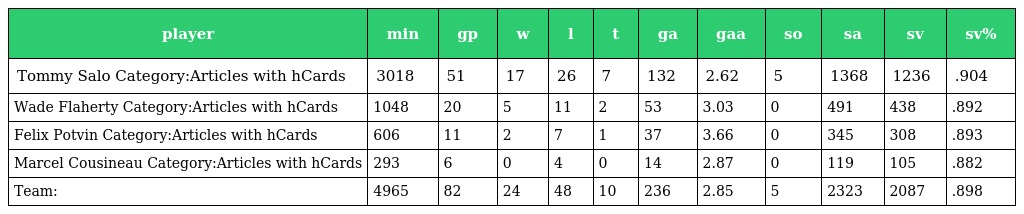
| player | min | gp | w | l | t | ga | gaa | so | sa | sv | sv% |
 | --- | --- | --- | --- | --- | --- | --- | --- | --- | --- | --- | --- |
 | Tommy Salo Category:Articles with hCards | 3018 | 51 | 17 | 26 | 7 | 132 | 2.62 | 5 | 1368 | 1236 | .904 |
 | Wade Flaherty Category:Articles with hCards | 1048 | 20 | 5 | 11 | 2 | 53 | 3.03 | 0 | 491 | 438 | .892 |
 | Felix Potvin Category:Articles with hCards | 606 | 11 | 2 | 7 | 1 | 37 | 3.66 | 0 | 345 | 308 | .893 |
 | Marcel Cousineau Category:Articles with hCards | 293 | 6 | 0 | 4 | 0 | 14 | 2.87 | 0 | 119 | 105 | .882 |
 | Team: | 4965 | 82 | 24 | 48 | 10 | 236 | 2.85 | 5 | 2323 | 2087 | .898 |